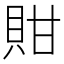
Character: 𧵊